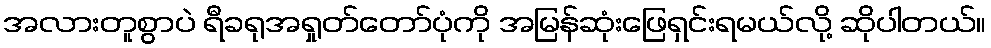
အလားတူစွာပဲ ရီခရုအရှုတ်တော်ပုံကို အမြန်ဆုံးဖြေရှင်းရမယ်လို့ ဆိုပါတယ်။